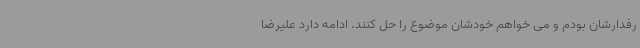
رفدارشان بودم و می خواهم خودشان موضوع را حل کنند. ادامه دارد علیرضا